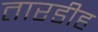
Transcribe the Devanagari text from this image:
तारडीह